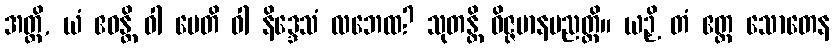
အတ္ထိ, ယံ ဧဝန္တိ ဝါ မေတိ ဝါ နိဒ္ဒေသံ လဘေထ? သုတန္တိ ဝိဇ္ဇမာနပညတ္တိ။ ယဉှိ တံ ဧတ္ထ သောတေန